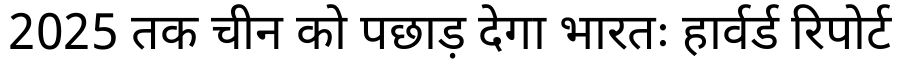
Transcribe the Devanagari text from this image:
2025 तक चीन को पछाड़ देगा भारतः हार्वर्ड रिपोर्ट